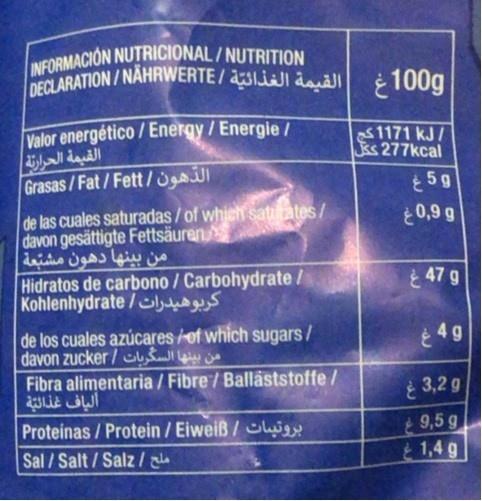
INFORMACION NUTRICIONAL/NUTRITION DECLARATION/NÄHRWERTE/ aSIJI dauäll
100g
Valor energético/ Energy / Energie I القيمة الحرارتة Grasas/Fat/Fett/
1171 kJ/ ks 277kcal
59
de las cuales saturadas / of which satitates/ davon gesättigte Fettsäuren من بينها دهون مشبعة Hidratos de carbono / Carbohydrate / Kohlenhydrate /lu
0,9 g
47 g
de los cuales azúcares of which sugars/ davon zucker/yŠ Fibra alimentaria / Fibre/ Ballâststoffe / ألياف غذالية Proteinas / Protein / Eiweiß / lyi Sal / Salt / Salz / ale
4 g
3,2 g
9,5 g 1,4 g